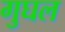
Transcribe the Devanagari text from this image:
गुघल